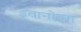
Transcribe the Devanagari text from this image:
इवानोव्ना